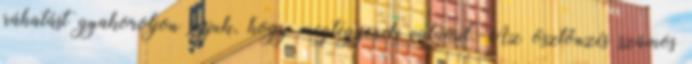
ráhatást gyakoroljon rájuk, hogy megtegyenek valamit. Az ösztönzés számos